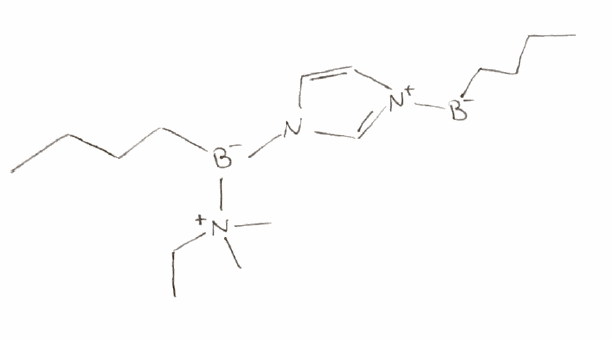
Simplified molecular-input line-entry system (SMILES) notation of the given molecule:
[B-](CCCC)[N+]1=CN(C=C1)[B-](CCCC)[N+](C)(C)CC